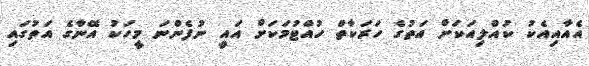
އެއާއިއެކު ކުއްލިއަކަށް އަތުގެ ހަރަކާތް ހުއްޓުމަކަށް އައީ ނުފެންނަ މީހަކު އޭނާގެ އަތުގައި